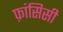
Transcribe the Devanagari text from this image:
फ़ांसिसी